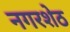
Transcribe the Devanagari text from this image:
नगरशेठ